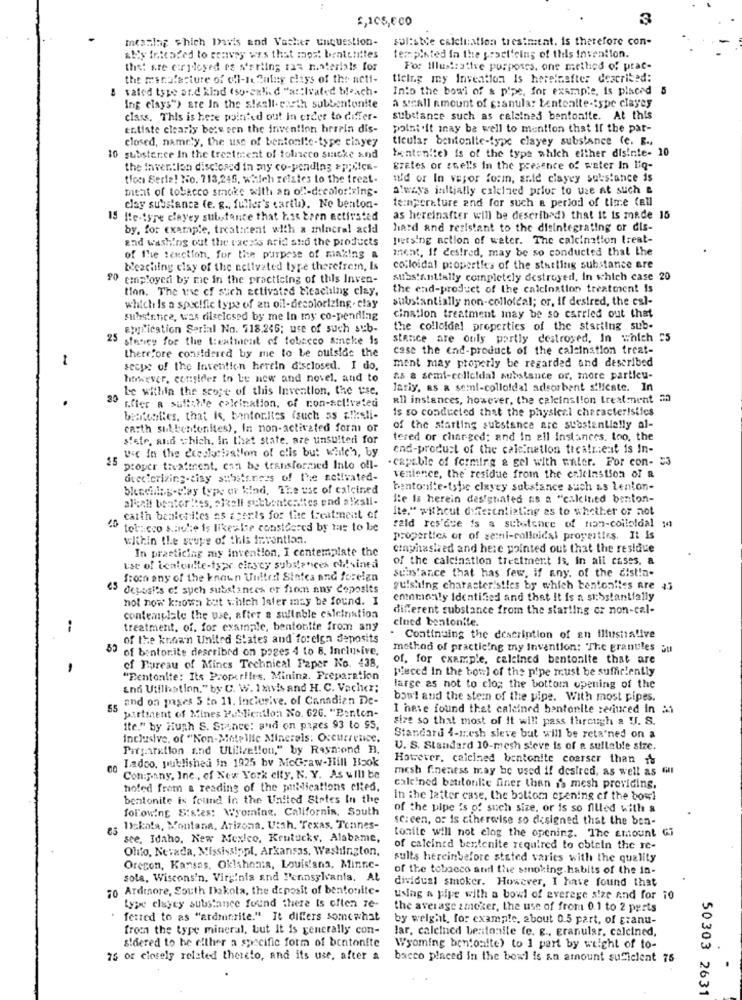
$,108,6 00
meanlag which Davis and Vacher unquestion-
soliste calchi:ation tresinitat. is therefore con-
aliy intended to convey was that most bententtes
tempisted in the practicing of this Invention.
the: sre corydoyed es sterling tas materials for
For Illustrative purposes. one method of prae-
the manufacture of all-le futny clays of the neti-
tieing my Invention Is herelasfter described:
vated type ar.d klad (so-called "a :: Ivated bleach.
Into the bowl of & pipe, for example, is placed 5
a steall amount of granula: tentealte-type clayey
Ing clays"> are In the alkali- earth subbentonite
class. This is here pointed out In order to differ-
substance such as calsines bentonite. At this
entiste clearly bessern the invention hrrrin dis-
point .it may be well to mention that If the par-
closed, namely, the use of bentonl'e-type ciayey
ticular bentoalte-type clayey substance (c. E .,
10 substence in the treatment of tolneco smoke and
tentenite) is of the type which either disinte- 10
the invention disclosed in my co-pending =p;vice-
grates or ssel's In the presence of water In liq-
tfoc Serie! No. 713,245, which relates to the treat-
uuid or In vepor form, sale clayey substance is
meat of tobacco smoke with an off-decolor!xing-
always initially caleined prior to use at such a
temperature and for such a period of time Call
clay substance (e. g ., fuller's cartu). No benton-
15 Hte-type clayey substance that hast barn activated
as hereinafter will be described) that it is made 15
by, for example, treatment with a mincral acid
hard and resistant to the disintegrating or dis-
and washing out the taezes arid sto the products
petsing action of water. The calcination treat-
ment, If desired, may be so conducted that the
of the tenction, for the purpose of making a
Reaching clay of the nelivated type therefrem, Is
colloidal properties of the starting substance are
90 employed by me in the practicing of this Inven-
Atibs'snlfally completely destroyed, In which case 20
tion. The use of such activated bicaching clay.
the end-product of the calcination treatment is
substantially non-colloidal; or, if desired, the esl-
which is a specific type of an oil-decolorizing . clay
substance, was rilsclosed by me In my co-pending
cination treatment may be so carried out that
Elyricstion Serial No. 718.246; use of such sub-
the colloidal properties of the starting sub-
25 stency for the treatment of tobacco sinche Is
stance are only partly destroyed, In which 55
therefore considered by me to be outside the
case the end-product of the calcination treat-
ment may properly be regarded and described
secue of the Invention herein disclosed. I do.
herwever, consider to Le new and novel, and to
as a semi-colicidal substance or, more partieu-
Le within the scope of this Invention, the use.
lariy, as a semi-colloidal adsorbent silicate. In
all instances, however, the calcinstion treatment 2
Efter a suitable calcination, of con-activated
is so conducted that the physical characteristics
bentonties, that is, bantonites (such as alesli-
carth sulbentonites), In non-activated formi or
of the starting substance are substantially al-
sete, and which. In that state, are unsulteri for
tered or charged; and In all instances, too, the
Wie In the ceeslacization of clis but which, by
end-product of the caleinetion tica!nie:it is In-
- capable of forming & gel with water. For con- 53
25 proyer treatment, can be transformed Into ofl-
diectorizing-ciay substances of the selivated-
venience, the residue from the caleinstson of a
bleaching-clay type er kind, The use of calcined
bentonite-tshe elayey substance such as lenion-
alkali benterhes, skall sebbentenftes end alkali-
fle is herein designated as a "calcined benton-
Ite." without differentiating as to whether or not
en caith benloniles as acents for tite treatment of
tot: cco saute is likewise considered by mas to be
fald res'due 's a subitence of non-coiloldal
within the scope of this invention.
properties or of semi-colloidal properties. It is
In practicing my invention, I contemplate the
cinphasized and here pointed out that the residue
of the calcination treatment is, in all cases, a
use of bentonite-type cinscy substances olivined
substance that has few, if any, of the distin-
froch any of the known United States and foreign
45 deposits of such substances er from any deposits
puishing characteristles by which bentonites are $3
not now known but which later may be found. I
commonly Identified and that It is a stbstantially
different substance from the starting or non-cal-
contemplate the use, after a sulinole calcination
cined bentonite.
--
treatment. of. for example, bentonite from any
of the known United States and foreign deposits
Continuing the description of gh illustrative
50 of bentonite described on pozes 4 to 8, Inclusive,
method of practicing my Invention: The granules au
of, for example, calcined bentonite that are
of Bureau of Mincs Technical Paper No. 438,
placed In the bowl of the pipe must be sufficiently
"Bentonite: Its Properiles, Mining. Preparation
End Utilisation," by C. W. 1avis and H. C. Vacher;
large as not to clo; the bottom opening of the
gs and on pages 5 to 11. inclusive. of Canadian De-
bowl and the stern of the pipe. With most pipes.
partment of Mines Publication No. 626. "Ponton-
I have found that calcined bentonite reduced in ai
size so that most of it will pass through a U. S.
ite." by Hugh S. Stence: and on pages 93 to $5,
Inclusive, of "Non-Metpille Minerals: Occurrence.
Standard 4-mesh sieve but will be reta'ned on a
Preparation and Utilize !! on," by Rayn:ond H.
U. S. Standard 10-mesh sieve is of a sullable size.
Ladoo, published in 1925 bv McGraw-Hill Hook
However, calcined bentonite coerser than 1%
60
mesh fineness may be used if desired, as well as Gill
Company, Inc ., of New York elfy, N. Y. As will be
hofed frem a reading of the publications clted.
cale'ned bentonke finer then is mesh providing.
bentonite is found in the United States In the
In the latter case, the bottom evening of the bowl
following Sistes: Wyoming. California, South
of the pipe is of such size, or is so filled with &
screen, o: is ciherwise so designed that the bon-
es Iskola, Montana, Arizona, Utah, Texas. Tonnes-
see, Idaho, New Mexico, Kentucky, Alabame,
tonite will not elog the opening. The amount Gi
of calcined bentenite required to obtein the re-
Ohio, Nevada, Mississippi, Arkansas. Washington,
sults hereinbefore stated varies with the quality
Oregon, Kansas, Oklahoma, Louis!ana, Minne-
of the tobacco and the smoking.habits of the in-
sola, Wiscons'n. Virginia and Pennsylvania. At
70 Ardmore, South Dakota, the deposit of bentonite-
dividual smoker. However, I have found that
using a pipe with a bowl of everage alze and for 10
type clayey substance found there Is often ze-
the average smoker, the use of from 0.1 to 2 parts
fetred to as "ardmerite." It differs somewhat
by weight, for example, about 0.5 part, of granu-
from the type mineral, but It is generally con-
lar, calcined bentonite (e. g ., Eranular, calcined,
sidered to be either a specific form of bentonite
Wyoming bentoalte) to 1 part by weight of to-
25 or closely related thereto, and its use, after a
bacco placed In the bowl is an amount suficlent 75
50303 2631